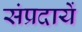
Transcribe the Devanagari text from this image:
संप्रदायें